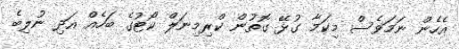
އެހެން ނަމަވެސް މިކަމާ ގުޅޭ ގޮތުން ކްރިމިނަލް ކޯޓުގެ ބަހެއް އަދި ނުލިބެ